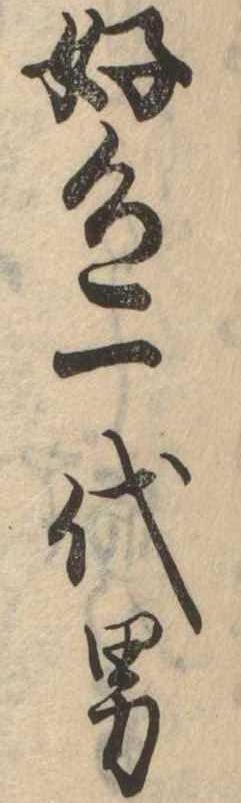
好色一代男